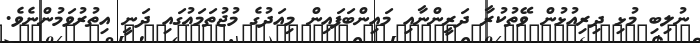
ނުލިބި މުޅި ދިރިއުޅުން ވޭތުކުރާ ދަރީންނާއި މައިންބަފައިން މިއަދުގެ މުޖުތަމަޢުގައި ދަނީ އިތުރުވަމުންނެވެ.